system: You are a helpful assistant.
user:
Analyze the provided spectrum to determine if it is a **"Cataclysmic Variables (CV)"**.

- **Key Indicators for CV (Check for either state):**
    - **State 1: Quiescent / Low-State (Emission-Dominated)**
        - **(Primary):** Strong and *very broad* Hydrogen Balmer emission lines (e.g., $H\alpha$ at 6563 Å, $H\beta$ at 4861 Å). The 'broadness' (high velocity dispersion, often FWHM > 1000 km/s) is the key diagnostic, indicating a high-velocity accretion disk.
        - **(Secondary):** Broad neutral Helium (He I) emission lines (e.g., 5876 Å, 6678 Å).
        - **(Key Confirmation):** Presence of high-excitation *ionized* Helium (He II) emission at 4686 Å. This is a strong indicator of accretion onto a white dwarf.
        - **(Line Profile):** Emission lines may exhibit a 'double-peaked' profile, which is a classic signature of a rotating accretion disk viewed at high inclination.

    - **State 2: Outburst / High-State (Absorption-Dominated)**
        - **(Primary):** Spectrum is dominated by a bright, blue continuum (looks like a hot star).
        - **(Secondary):** The emission lines from State 1 are weak, absent, or 'filled in', and are replaced by broad, shallow *absorption* lines (primarily Balmer and He I).
        - **(Morphology):** The overall spectrum mimics a hot B/A-type star. The crucial difference is that the absorption lines are significantly broader, shallower, and more 'washed-out' (or 'smeared') than the sharp lines of a normal stellar photosphere, due to high rotational speeds and pressure broadening in the disk.

Think first, call **spectral_visualization_tool** if needed to examine features in detail, then provide your final answer. Your response must adhere to the following strict rules:
1.  **Overall Structure:** Your response must follow the format `<think>...</think> <tool_call>...</tool_call> (if a tool is used) <answer>...</answer>`.
2.  **Tool Usage Constraint:** You may only make **one** tool call per turn.
3.  **Final Answer Format:** In the `<answer>` tag, your conclusion must be inside a `\boxed{}` command (e.g., `\boxed{YES}`), followed by your justification.

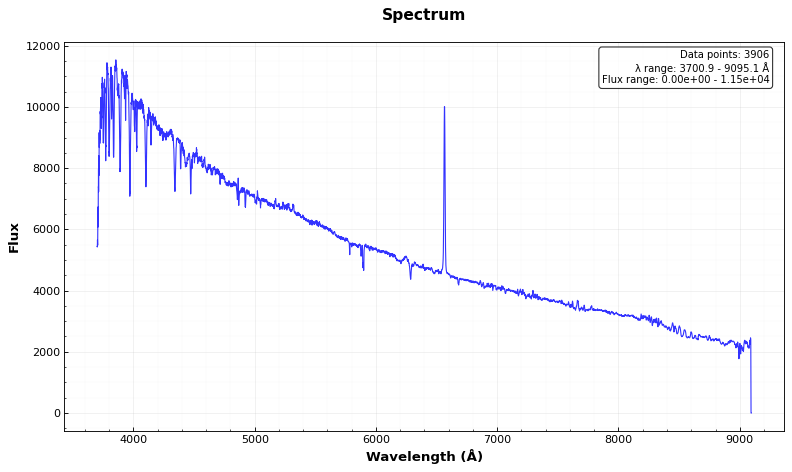
Answer: NO